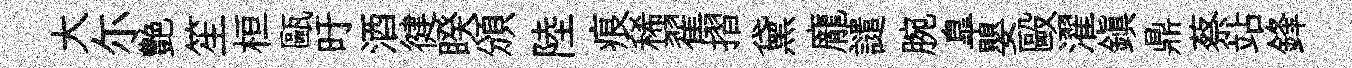
大尓艶笙桓甌旴酒徤睽頒陸痕稀翟摺黛龐譴腕臯嬰毆濯鎮鼎蔡站鋒